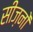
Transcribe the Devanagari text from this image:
सीज़नोंं